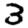
Digit: 3